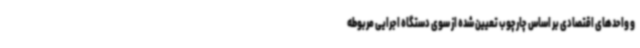
و واحدهای اقتصادی بر اساس چارچوب تعیین شده از سوی دستگاه اجرایی مربوطه